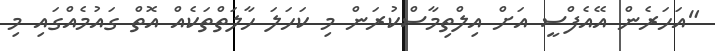
"އަހަރެން އޭއެފްސީ އަށް އިލްތިމާސްކުރަން މި ކަހަލަ ހާލަތްތަކެއް އޮތް ގައުމެއްގައި މި